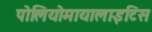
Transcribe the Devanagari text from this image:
पोलियोमायालाइटिस